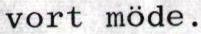
vort möde.